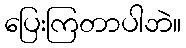
ပြေးကြတာပါဘဲ။